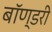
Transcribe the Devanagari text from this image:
बॉण्डरी